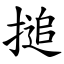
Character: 搥